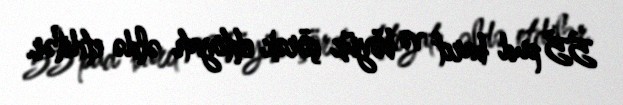
55 pud barıt və böyük çörək ehtiyatı əldə etdilər.